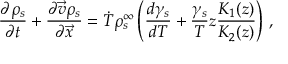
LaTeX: { \frac { \partial \rho _ { s } } { \partial t } } + \frac { \partial \vec { v } \rho _ { s } } { \partial \vec { x } } = \dot { T } \rho _ { s } ^ { \infty } \left( { \frac { d \gamma _ { s } } { d T } } + \frac { \gamma _ { s } } { T } z \frac { K _ { 1 } ( z ) } { K _ { 2 } ( z ) } \right) \, ,